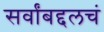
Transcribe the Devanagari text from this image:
सर्वांबद्दलचं